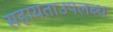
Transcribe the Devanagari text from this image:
सहायताउपलब्ध